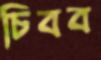
চিবব